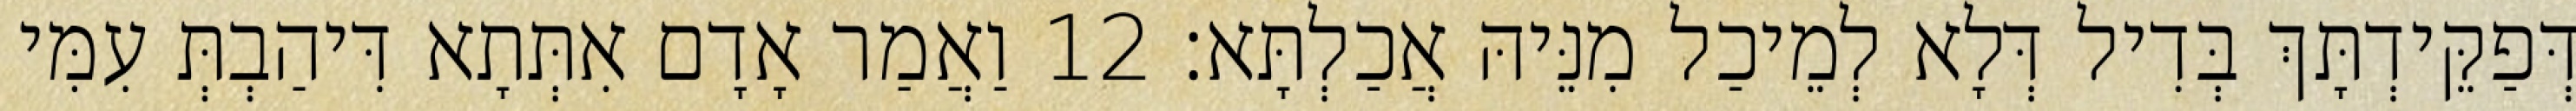
דְּפַקֵּידְתָּךְ בְּדִיל דְּלָא לְמֵיכַל מִנֵּיהּ אֲכַלְתָּא׃ 12 וַאֲמַר אָדָם אִתְּתָא דִּיהַבְתְּ עִמִּי